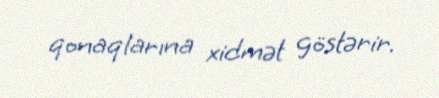
qonaqlarına xidmət göstərir.